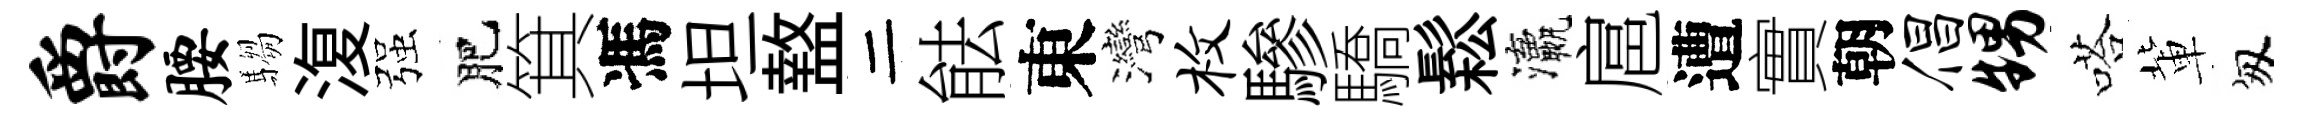
爵腰騶𣸪强肥箕馮坦盩二䏻東灣枚驂驕鬆瀛扈遭實朝倡甥嗒軰匆